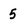
Character: 5